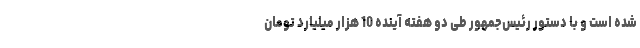
شده است و با دستور رئیس‌جمهور طی دو هفته آینده 10 هزار میلیارد تومان